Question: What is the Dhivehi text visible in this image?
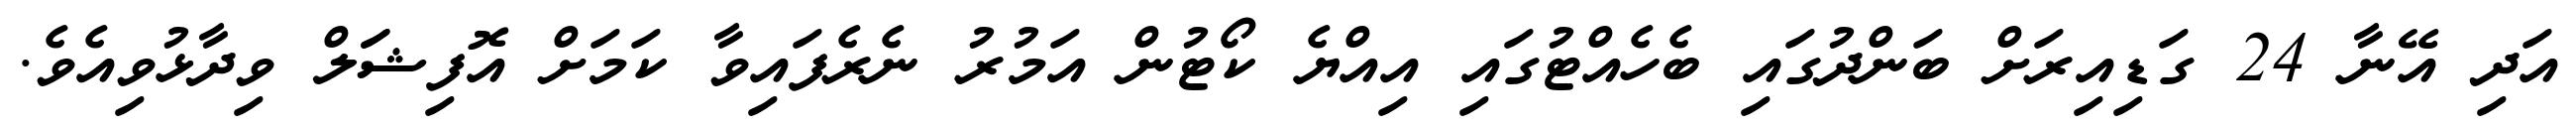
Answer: އަދި އޭނާ 24 ގަޑިއިރަށް ބަންދުގައި ބެހެއްޓުގައި އިއްޔެ ކޯޓުން އަމުރު ނެރެފައިވާ ކަމަށް އޮފިޝަަލް ވިދާޅުވިއެވެ.